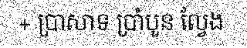
+ ប្រាសាទ ប្រាំបួន ល្វែង